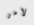
لامر